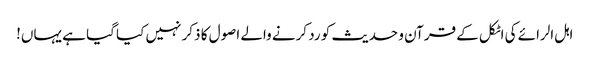
اہل الرائے کی اٹکل کے قرآن و حدیث کو رد کرنے والے اصول کا ذکر نہیں کیا گیا ہے یہاں!